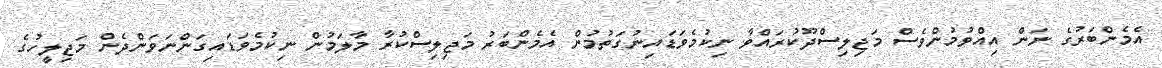
އެމެންބަރުގެ ނަން އިއްވުމުންވެސް މަޖިލިސްދޫކުރައްވާ ނިކުމެވަޑައިނުގަތުމުން އެމެންބަރު މަޖިލިސްކުރާ މާލަމުން ނިކުމެވަޑައިގަންނަވަންދެން މަޖިލީހުގެ